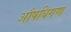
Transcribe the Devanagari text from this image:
औषधिगण